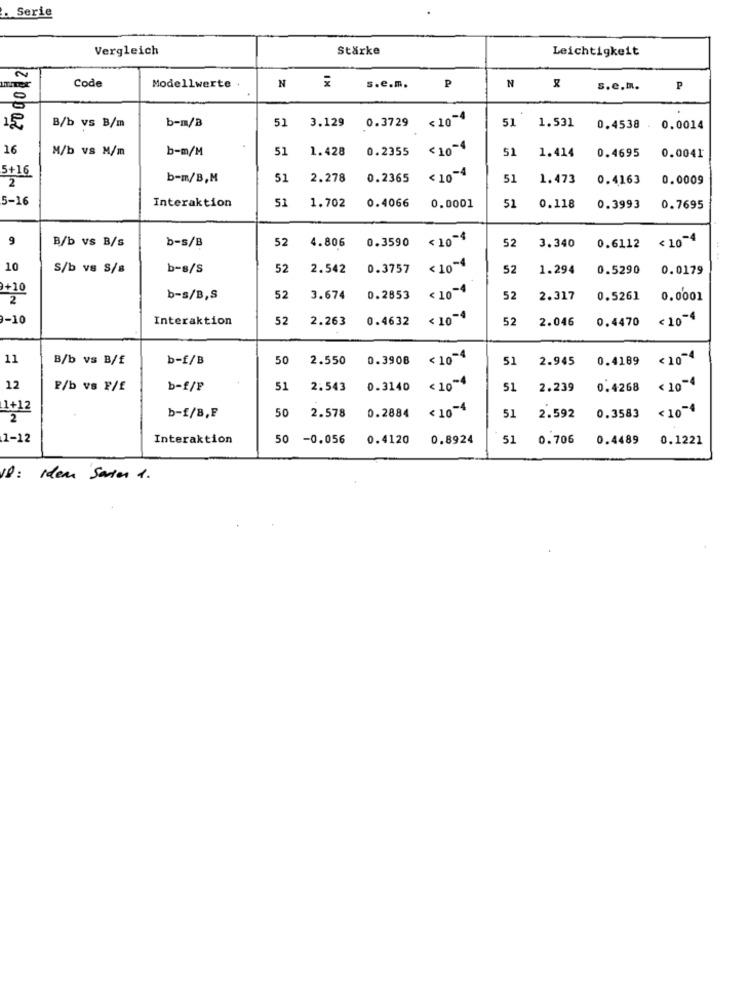
. Serie
Vergleich
Stärke
Leichtigkeit
20 00 2
N
Code
Modellwerte .
s.e.m.
N
s.e.m.
P
b-m/B
51
3.129
0.3729 <10-4
51
1.531
B/b vs B/m
0.4538
0.0014
16
M/b vs M/m
b-m/M
51
1.428
0.2355
< 10-4
51
0.4695
1.414
0.0041
5+16
b-m/B,M
51
2.278
0.2365
< 10-4
51
1.473
0.4163
0.0009
2
5-16
51
1.702
Interaktion
0.4066
0.0001
51
0.118
0.3993
0.7695
9
B/b vs B/s
b-s/B
52
4.806
0.3590
< 10-4
52
3.340
< 10-4
0.6112
10
S/b vs S/s
b-s/S
52
2.542
0.3757
< 10-4
52
1.294
0.5290
0.0179
+10
< 10-4
2
b-s/B,S
52
3.674
0.2853
52
2.317
0.5261
0.0001
3-10
Interaktion
52
2.263
0.4632
< 10-4
52
2.046
0.4470
< 10-4
11
B/b vs B/f
b-f/B
50
2.550
0.3908
< 10-4
51
2.945
0.4189
< 10-4
12
P/b vs F/f
b-f/P
51
2.543
0.3140
< 10-4
51
2.239
0.4268
< 10-4
1+12
50
2.578
0.2884 < 10-4
<10-4
b-£/8,F
51
2.592
0.3583
.1-12
Interaktion
50 -0.056
0.4120
0.8924
51
0.706
0.4489
0.1221
18: Idea Saren 1.